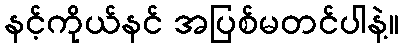
နင့်ကိုယ်နင် အပြစ်မတင်ပါနဲ့။